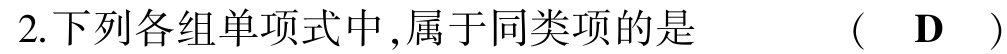
2.下列各组单项式中,属于同类项的是  （ D ）